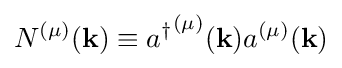
N^{(\mu )}(\mathbf {k} )\equiv {a^{\dagger }}^{(\mu )}(\mathbf {k} )a^{(\mu )}(\mathbf {k} )